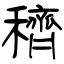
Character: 穧